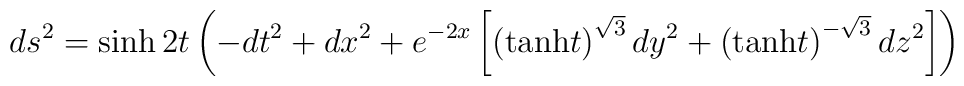
ds^2 =\sinh 2t \left( -dt^2 +dx^2  +e^{-2x} \left[ \left( {\rm tanh} t \right)^{\sqrt{3}} dy^2 + \left( {\rm tanh} t \right)^{-\sqrt{3}} dz^2 \right] \right)